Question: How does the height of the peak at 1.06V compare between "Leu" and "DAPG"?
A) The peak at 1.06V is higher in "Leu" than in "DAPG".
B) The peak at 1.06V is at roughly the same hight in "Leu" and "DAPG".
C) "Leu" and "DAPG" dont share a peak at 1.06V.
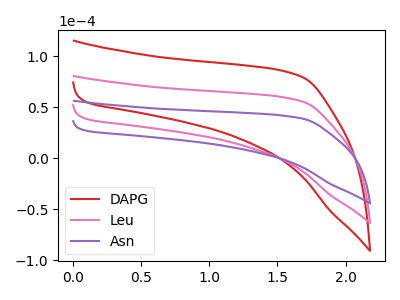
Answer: <think>The red curve "DAPG" has no peaks. The pink curve "Leu" has no peaks. The purple curve "Asn" has no peaks.</think>
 <answer>C) "Leu" and "DAPG" dont share a peak at 1.06V.</answer>
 <eval>C</eval>